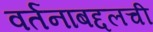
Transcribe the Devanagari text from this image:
वर्तनाबद्दलची